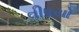
વીષયો